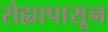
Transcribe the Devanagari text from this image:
रोह्यापासून